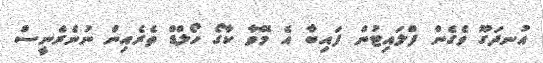
އުނދަގޫ ވެގެން ފްލައިޓުން ފައިބާ އެ މޭވާ ކާގޯ ހޯލްޑް ތެރެއިން ނުނެރެނީސް